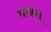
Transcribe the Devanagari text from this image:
बॉडस्